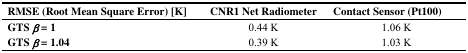
<table><thead><tr><td><b>RMSE (Root Mean Square Error) [K]</b></td><td><b>CNR1 Net Radiometer</b></td><td><b>Contact Sensor (Pt100)</b></td></tr></thead><tbody><tr><td><b>GTS <i>β</i> = 1</b></td><td>0.44 K</td><td>1.06 K</td></tr><tr><td><b>GTS <i>β</i> = 1.04</b></td><td>0.39 K</td><td>1.03 K</td></tr></tbody></table>